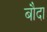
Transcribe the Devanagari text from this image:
बौदा